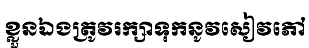
ខ្លួនឯងត្រូវរក្សាទុកនូវសៀវភៅ